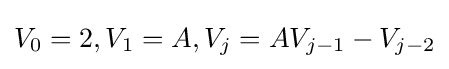
V_{0}=2,V_{1}=A,V_{j}=AV_{j-1}-V_{j-2}